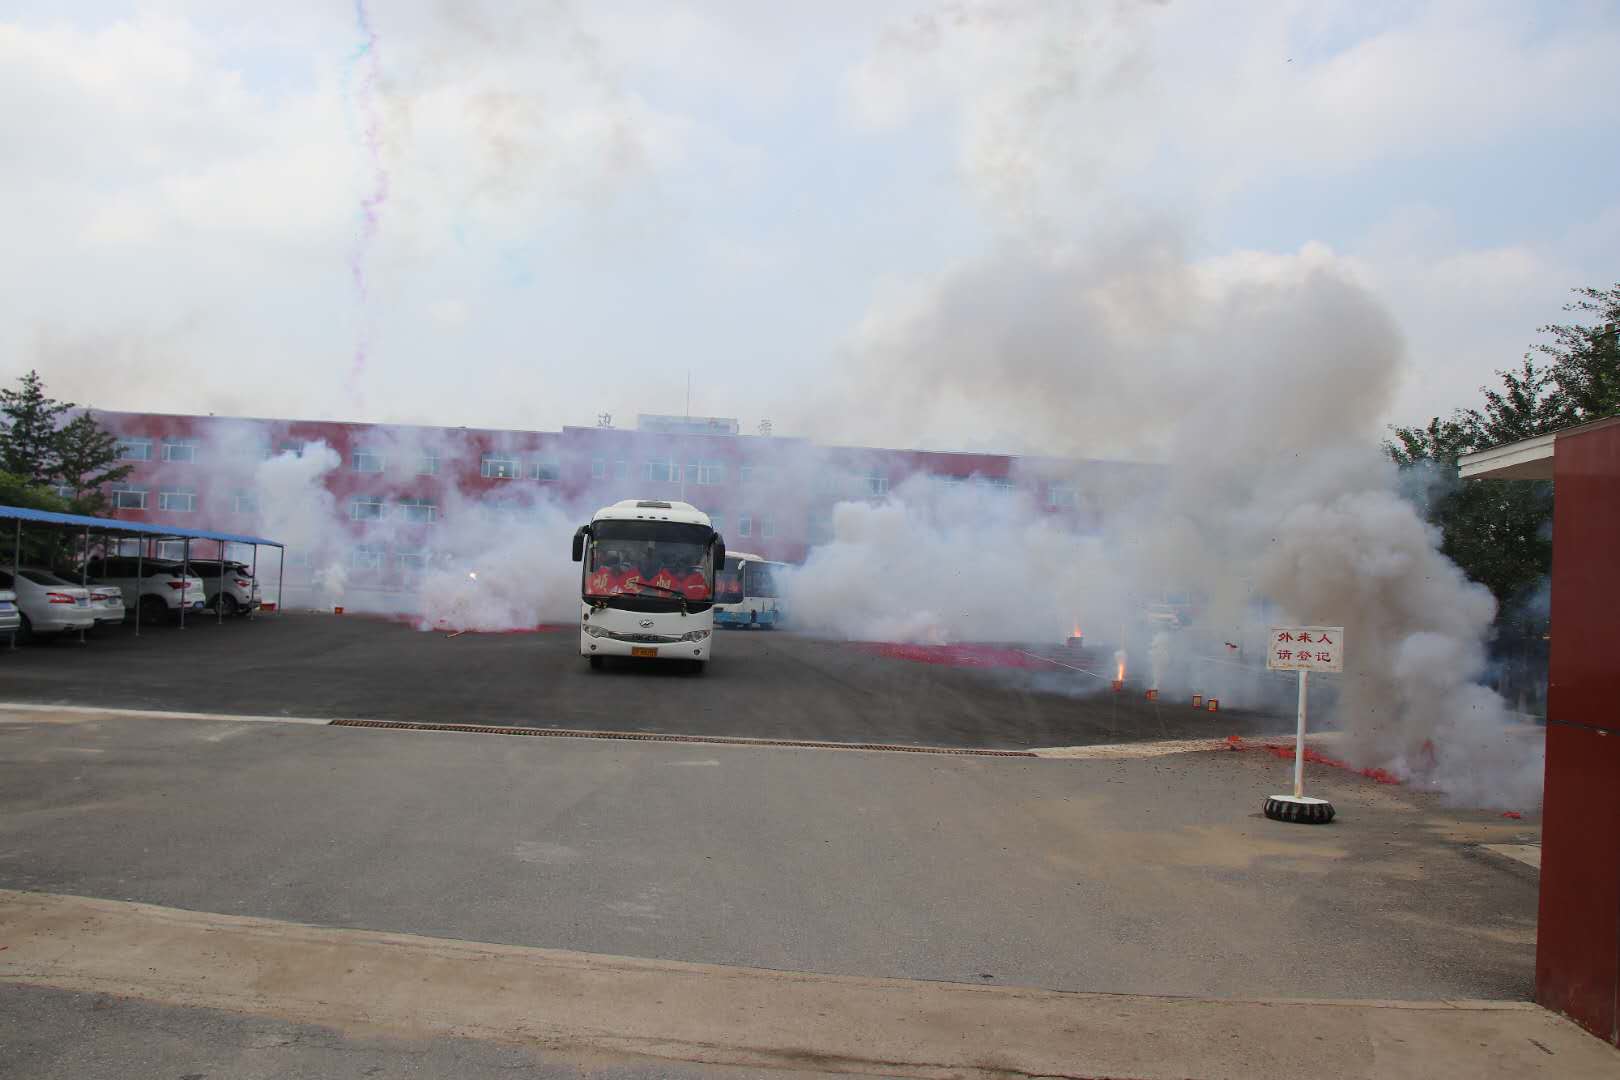
鹏北海，凤朝阳。